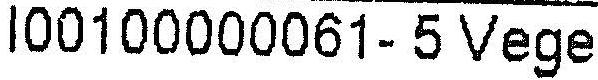
I00100000061-5 VEGE